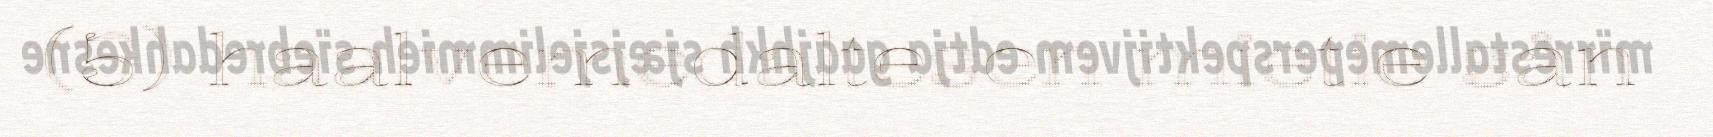
(5) haalvemedaltesen mietie sån